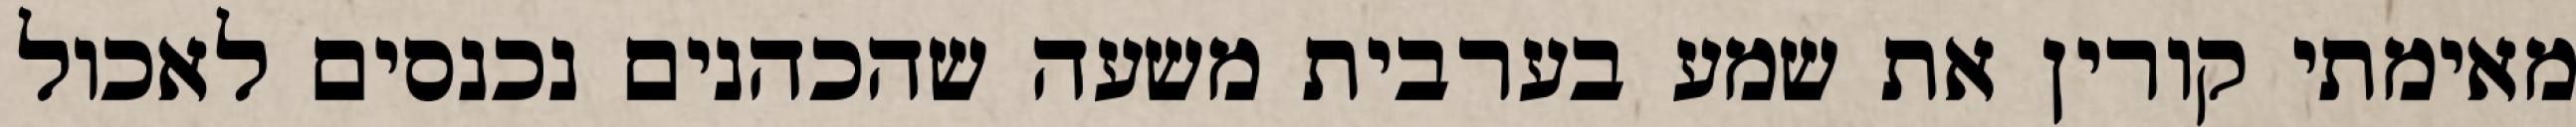
מאימתי קורין את שמע בערבית משעה שהכהנים נכנסים לאכול